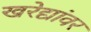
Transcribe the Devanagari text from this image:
खरेद्यांवर